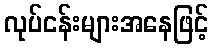
လုပ်ငန်းများအနေဖြင့်